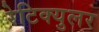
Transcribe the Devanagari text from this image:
रेटिक्युलर